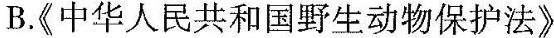
B《中华人民共和国野生动物保护法》